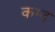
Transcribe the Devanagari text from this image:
कम्द